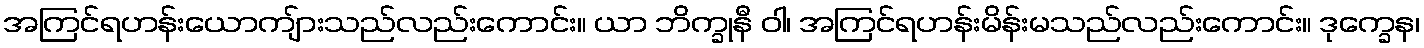
အကြင်ရဟန်းယောကျ်ားသည်လည်းကောင်း။ ယာ ဘိက္ခုနီ ဝါ၊ အကြင်ရဟန်းမိန်းမသည်လည်းကောင်း။ ဒုက္ခေန၊